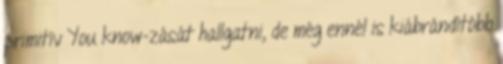
primitív You know-zását hallgatni, de még ennél is kiábrándítóbb